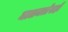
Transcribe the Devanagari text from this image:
मालमत्तेसही